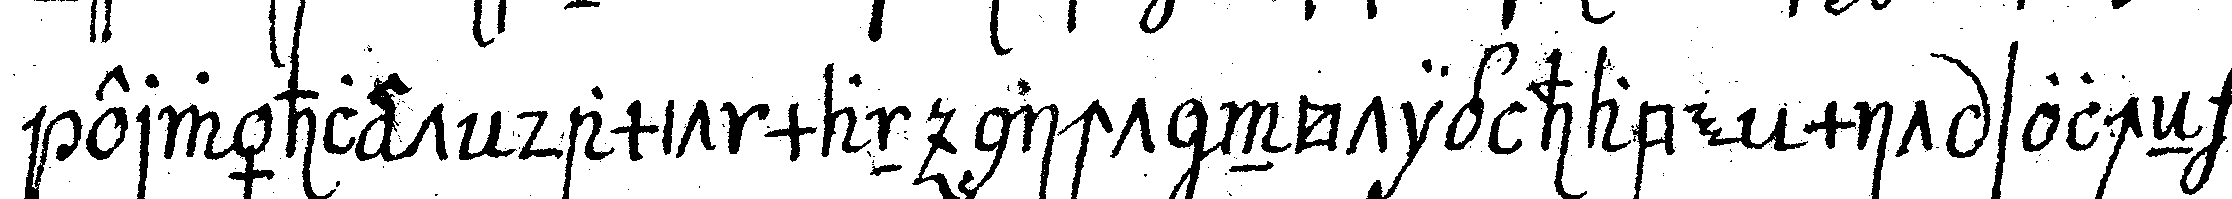
erwählet damit man nicht nötig habe mit solcheN